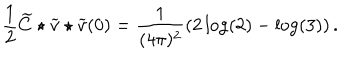
LaTeX: \frac { 1 } { 2 } \widetilde { C } \star \widetilde { v } \star \widetilde { v } ( 0 ) = \frac { 1 } { ( 4 \pi ) ^ { 2 } } \left( 2 \log ( 2 ) - \log ( 3 ) \right) .